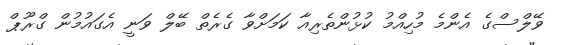
ވޭލްސްގެ އެންމެ މުހިއްމު ކުޅުންތެރިއާ ކަމަށްވާ ގެރެތް ބޭލް ވަނީ އެގައުމުން ގްރޫޕް